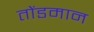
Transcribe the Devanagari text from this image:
तोंडमान